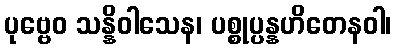
ပုဗ္ဗေဝ သန္နိဝါသေန၊ ပစ္စုပ္ပန္နဟိတေနဝါ၊